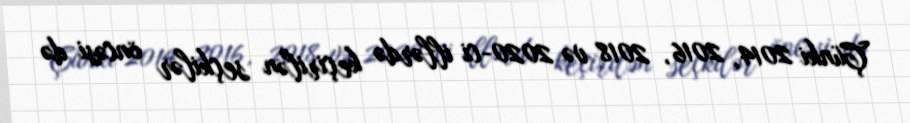
Çünki 2014, 2016, 2018 və 2020-ci illərdə keçirilən seçkilər öncəsi də